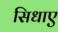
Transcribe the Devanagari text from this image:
सिधाए